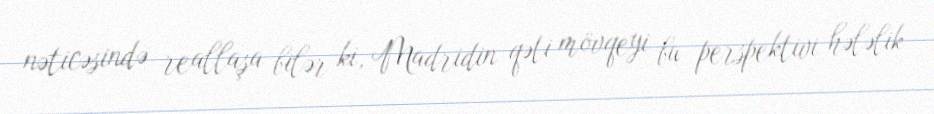
nəticəsində reallaşa bilər ki, Madridin qəti mövqeyi bu perspektivi hələlik